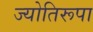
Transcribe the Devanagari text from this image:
ज्योतिरूपा